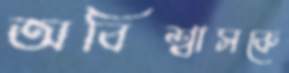
অবিশ্বাসকে